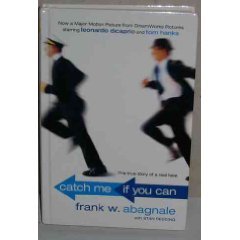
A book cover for Catch Me If You Can; Frank W. Abagnale; Humor & Entertainment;